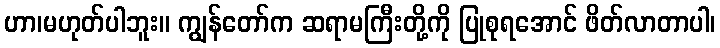
ဟာ၊မဟုတ်ပါဘူး။ ကျွန်တော်က ဆရာမကြီးတို့ကို ပြုစုရအောင် ဖိတ်လာတာပါ၊